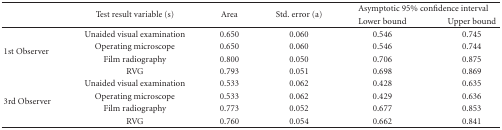
<table><thead><tr><td></td><td rowspan="2"><b>Test result variable (s) </b></td><td rowspan="2"><b>Area </b></td><td rowspan="2"><b>Std. error (a) </b></td><td colspan="2"><b>Asymptotic 95% confidence interval </b></td></tr><tr><td></td><td><b> Lower bound </b></td><td><b> Upper bound </b></td></tr></thead><tbody><tr><td rowspan="4">1st Observer </td><td> Unaided visual examination </td><td>0.650</td><td>0.060</td><td>0.546</td><td>0.745</td></tr><tr><td>Operating microscope </td><td>0.650</td><td>0.060</td><td>0.546</td><td>0.744</td></tr><tr><td> Film radiography </td><td>0.800</td><td>0.050</td><td>0.706</td><td>0.875</td></tr><tr><td> RVG </td><td>0.793</td><td>0.051</td><td>0.698</td><td>0.869</td></tr><tr><td rowspan="4">3rd Observer </td><td> Unaided visual examination </td><td>0.533</td><td>0.062</td><td>0.428</td><td>0.635</td></tr><tr><td> Operating microscope </td><td>0.533</td><td>0.062</td><td>0.429</td><td>0.636</td></tr><tr><td>Film radiography </td><td>0.773</td><td>0.052</td><td>0.677</td><td>0.853</td></tr><tr><td> RVG </td><td>0.760</td><td>0.054</td><td>0.662</td><td>0.841</td></tr></tbody></table>